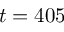
t = 4 0 5